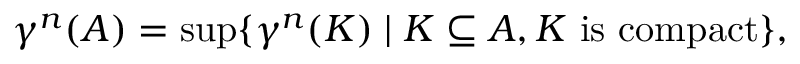
\gamma ^ { n } ( A ) = \operatorname* { s u p } \{ \gamma ^ { n } ( K ) \mid K \subseteq A , K { \mathrm { ~ i s ~ c o m p a c t } } \} ,